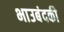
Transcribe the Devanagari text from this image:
भाउबंदकी